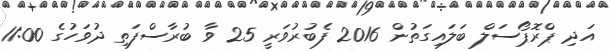
އަދި ޕްރޮޕޯސަލް ބަލައިގަތުން 2016 ފެބުރުވަރީ 25 ވާ ބުރާސްފަތި ދުވަހުގެ 11:00